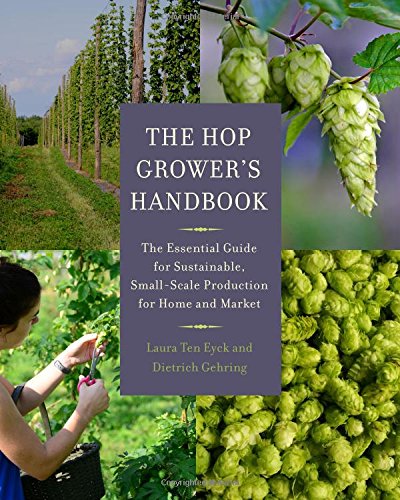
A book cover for The Hop Grower's Handbook: The Essential Guide for Sustainable, Small-Scale Production for Home and Market; Laura Ten Eyck; Cookbooks, Food & Wine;